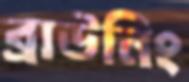
ব্রাউনিং